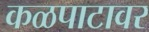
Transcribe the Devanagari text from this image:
कळपाटावर